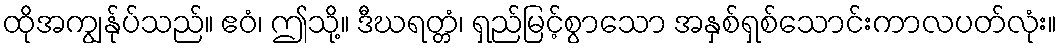
ထိုအကျွန်ုပ်သည်။ ဧဝံ၊ ဤသို့။ ဒီဃရတ္တံ၊ ရှည်မြင့်စွာသော အနှစ်ရှစ်သောင်းကာလပတ်လုံး။